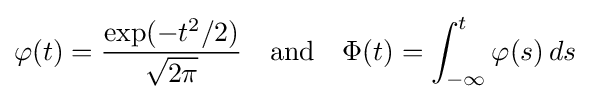
\varphi (t)={\frac {\exp(-t^{2}/2)}{\sqrt {2\pi }}}\quad {\rm {and}}\quad \Phi (t)=\int _{-\infty }^{t}\varphi (s)\,ds